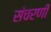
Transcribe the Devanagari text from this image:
संचरणी